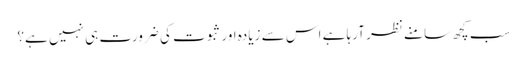
سب کچھ سامنے نظر آرہا ہے اس سے زیادہ اور ثبوت کی ضرورت ہی نہیں ہے؟